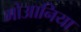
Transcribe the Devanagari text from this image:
मोआनिया